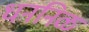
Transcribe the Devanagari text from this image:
धननिळ